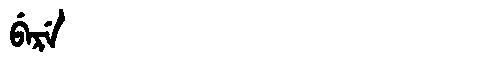
Manchu: ᠪᡝᡵᡝ
Romanization: BERE